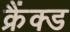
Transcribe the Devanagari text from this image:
क्रैंक्ड